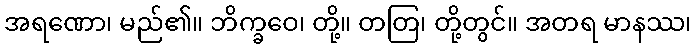
အရဏော၊ မည်၏။ ဘိက္ခဝေ၊ တို့။ တတြ၊ တို့တွင်။ အတရ မာနဿ၊